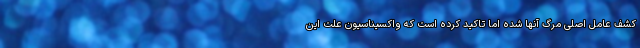
کشف عامل اصلی مرگ آنها شده اما تاکید کرده است که واکسیناسیون علت این